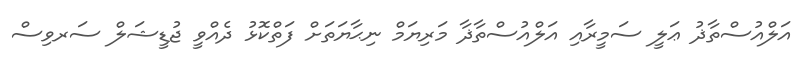
އަލްއުސްތާޛު ޢަލީ ސަމީރާއި އަލްއުސްތާޛާ މަރިޔަމް ނިޙާޔަތަށް ފަތްކޮޅު ދެއްވީ ޖުޑީޝަލް ސަރވިސް